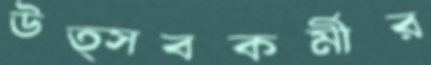
উত্সবকর্মীর